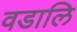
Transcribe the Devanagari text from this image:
वडालि